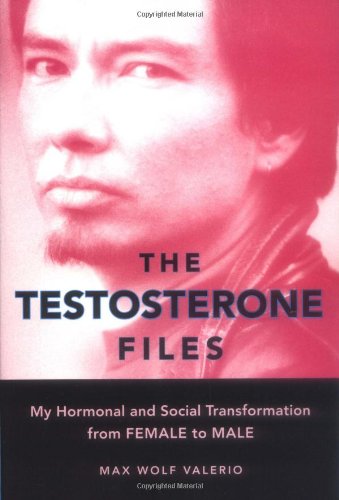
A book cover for The Testosterone Files: My Hormonal and Social Transformation from Female to Male; Max Wolf Valerio; Gay & Lesbian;